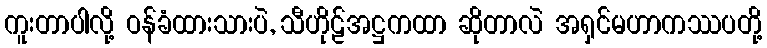
ကူးတာပါလို့ ဝန်ခံထားသားပဲ, သီဟိုဠ်အဋ္ဌကထာ ဆိုတာလဲ အရှင်မဟာကဿပတို့